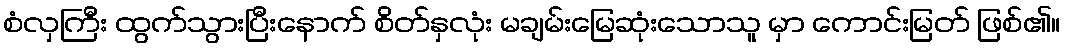
စံလှကြီး ထွက်သွားပြီးနောက် စိတ်နှလုံး မချမ်းမြေဆုံးသောသူ မှာ ကောင်းမြတ် ဖြစ်၏။